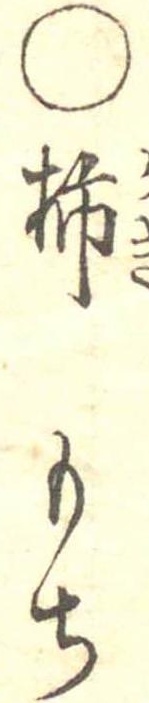
○柿もち